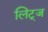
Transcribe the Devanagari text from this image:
लिट्ज